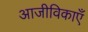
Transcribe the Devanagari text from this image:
आजीविकाएँ